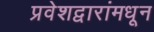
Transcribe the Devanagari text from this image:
प्रवेशद्वारांमधून